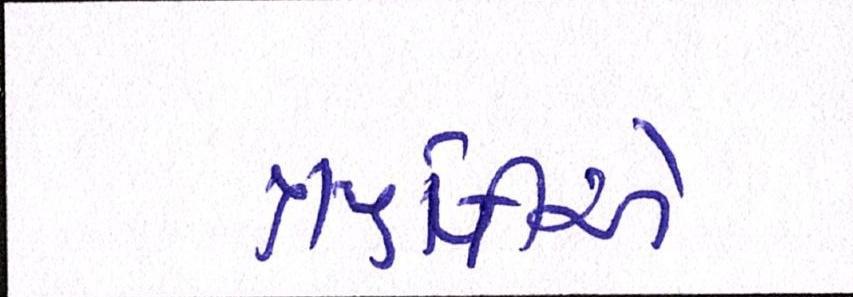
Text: ઋષીએ